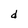
Character: d